Annual report on the working of the Harcourt Butler Institute of Public Health, Rangoon
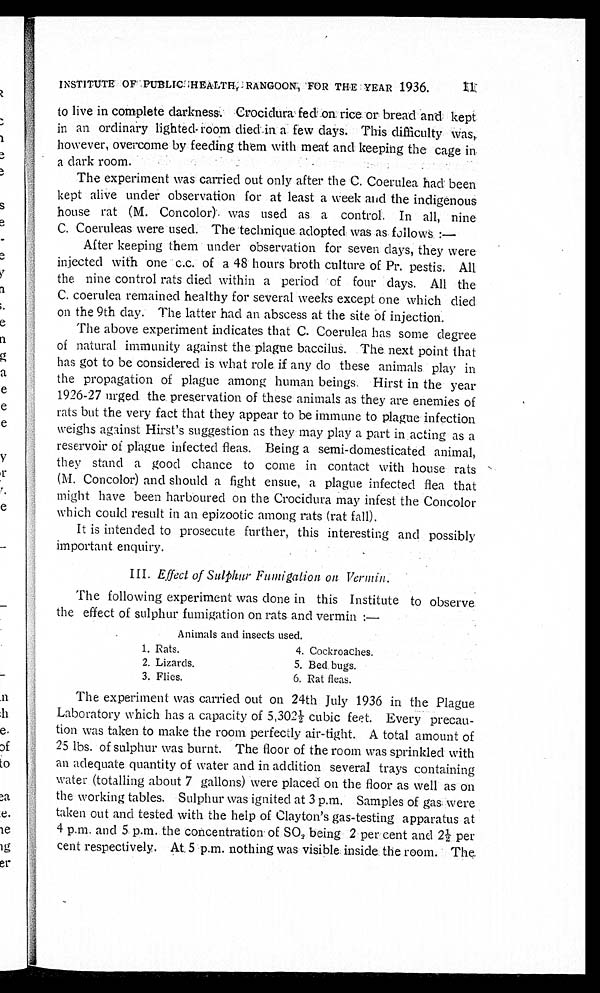
INSTITUTE OF PUBLIC HEALTH, RANGOON, FOR THE YEAR 1936.
11
to live in complete darkness. Crocidura fed on rice or bread and kept
in an ordinary lighted room died in a few days. This difficulty was,
however, overcome by feeding them with meat and keeping the cage in
a dark room.
The experiment was carried out only after the C. Coerulea had been
kept alive under observation for at least a week and the indigenous
house rat (M. Concolor) was used as a control. In all, nine
C. Coeruleas were used. The technique adopted was as
f o l l o w s : —
After keeping them under observation for seven days, they were
injected with one c.c. of a 48 hours broth culture of Pr. pestis. All
the nine control rats died within a period of four days. All the
C. coerulea remained healthy for several weeks except one which died
on the 9th day. The latter had an abscess at the site of injection.
The above experiment indicates that C. Coerulea has some degree
of natural immunity against the plague baccilus. The next point that
has got to be considered is what role if any do these animals play in
the propagation of plague among human beings. Hirst in the year
1926-27 urged the preservation of these animals as they are enemies of
rats but the very fact that they appear to be immune to plague infection
weighs against Hirst's suggestion as they may play a part in acting as a
reservoir of plague infected fleas. Being a semi-domesticated animal,
they stand a good chance to come in contact with house rats
(M. Concolor) and should a fight ensue, a plague infected flea that
might have been harboured on the Crocidura may infest the Concolor
which could result in an epizootic among rats (rat fall).
It is intended to prosecute further, this interesting and possibly
important enquiry.
III. Effect of Sulphur Fumigation on Vermin.
The following experiment was done in this Institute to observe
the effect of sulphur fumigation on rats and vermin:
—
Animals and insects used.
1.Rats.
4. Cockroaches.
2.Lizards.
5. Bed bugs.
3. Flies.
6. Rat fleas.
The experiment was carried out on 24th July 1936 in the Plague
Laboratory which has a capacity of 5,302½ cubic feet. Every precau--
tion was taken to make the room perfectly air-tight. A total amount of
25 lbs. of sulphur was burnt. The floor of the room was sprinkled with
an adequate quantity of water and in addition several trays containing
water (totalling about 7 gallons) were placed on the floor as well as on
the working tables. Sulphur was ignited at 3 p.m. Samples of gas were
taken out and tested with the help of Clayton's gas-testing apparatus at
4 p.m. and 5 p.m. the concentration of SO 2 being 2 per cent and 2½ per
cent respectively. At 5 p.m. nothing was visible. inside the room. The